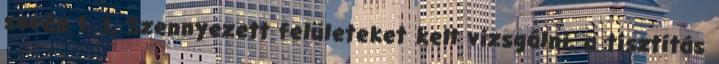
során 1. 1. Szennyezett felületeket kell vizsgálni, a tisztítás